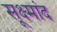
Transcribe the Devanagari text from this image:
सूक्ष्मांद